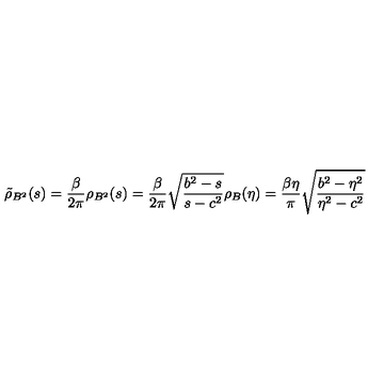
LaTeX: \tilde { \rho } _ { B ^ { 2 } } ( s ) = \frac { \beta } { 2 \pi } \rho _ { B ^ { 2 } } ( s ) = \frac { \beta } { 2 \pi } \sqrt { \frac { b ^ { 2 } - s } { s - c ^ { 2 } } } \rho _ { B } ( \eta ) = \frac { \beta \eta } { \pi } \sqrt { \frac { b ^ { 2 } - \eta ^ { 2 } } { \eta ^ { 2 } - c ^ { 2 } } }